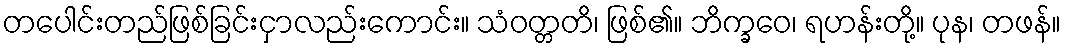
တပေါင်းတည်ဖြစ်ခြင်းငှာလည်းကောင်း။ သံဝတ္တတိ၊ ဖြစ်၏။ ဘိက္ခဝေ၊ ရဟန်းတို့။ ပုန၊ တဖန်။